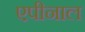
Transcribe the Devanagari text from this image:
एपीनाल